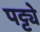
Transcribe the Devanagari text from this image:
पट्ट्ये